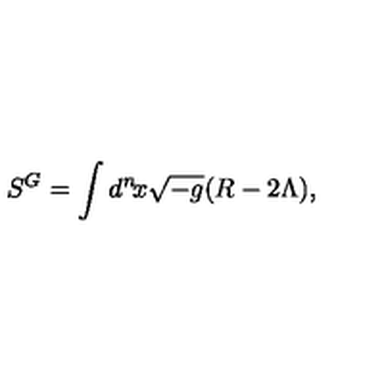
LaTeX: S ^ { G } = \int d ^ { n } \! x \sqrt { - g } ( R - 2 \Lambda ) ,